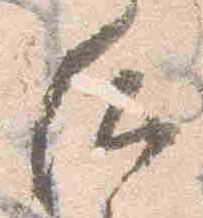
后